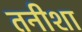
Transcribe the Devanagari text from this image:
तनीशा